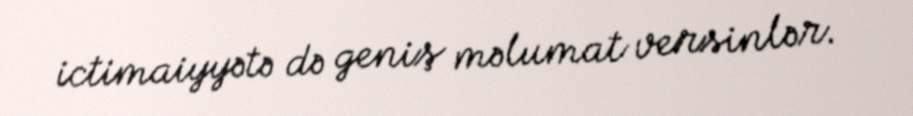
ictimaiyyətə də geniş məlumat versinlər.